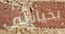
بخيانتي